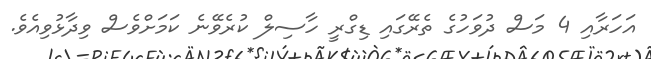
އަހަރާއި 4 މަސް ދުވަހުގެ ތެރޭގައި ޑިގްރީ ހާސިލް ކުރެވޭނެ ކަމަށްވެސް ވިދާޅުވިއެވެ.